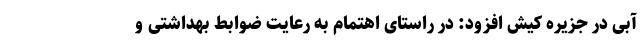
آبی در جزیره کیش افزود: در راستای اهتمام به رعایت ضوابط بهداشتی و